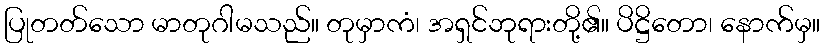
ပြုတတ်သော မာတုဂါမသည်။ တုမှာကံ၊ အရှင်ဘုရားတို့၏။ ပိဋ္ဌိတော၊ နောက်မှ။